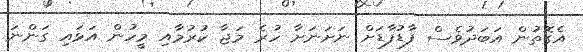
އެގޮތުން އަބަދުވެސް ފާޑުފާޑަށް ނަށަނަށާ ހުރެ މަޖާ ކުރުމާއި މީހުން އަޅައި ގަންނަ